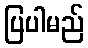
ပြပါမည်